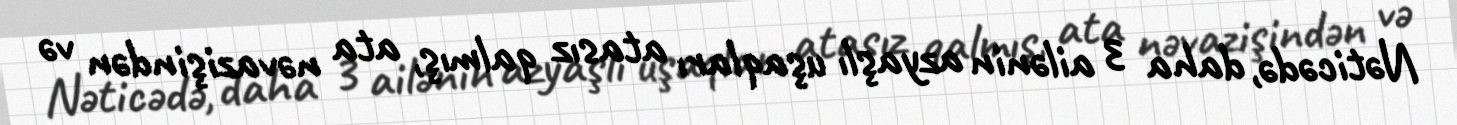
Nəticədə, daha 3 ailənin azyaşlı uşaqları atasız qalmış, ata nəvazişindən və